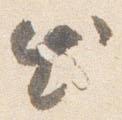
出